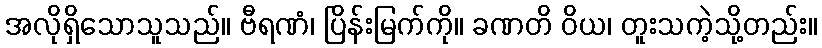
အလိုရှိသောသူသည်။ ဗီရဏံ၊ ပြိန်းမြက်ကို။ ခဏတိ ဝိယ၊ တူးသကဲ့သို့တည်း။